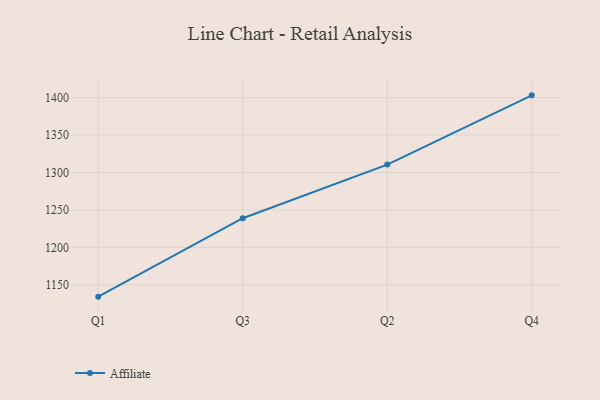
{"axis": {"x": "Quarter", "y": "Page Views"}, "legend": ["Affiliate"], "data": [{"x": "Q1", "y": 1134.2, "type": "Affiliate"}, {"x": "Q3", "y": 1238.9, "type": "Affiliate"}, {"x": "Q2", "y": 1310.5, "type": "Affiliate"}, {"x": "Q4", "y": 1403.0, "type": "Affiliate"}]}